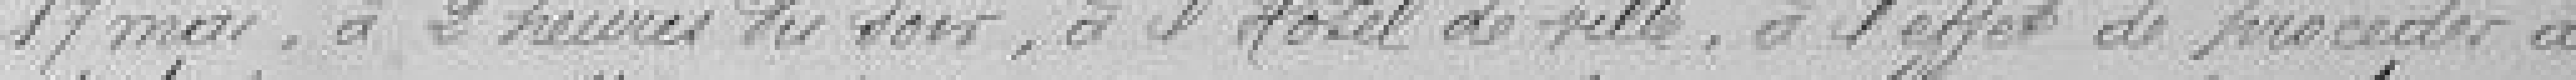
17 mai, à 2 heures du soir, à l'Hôtel de Ville, à l'effet de procéder à